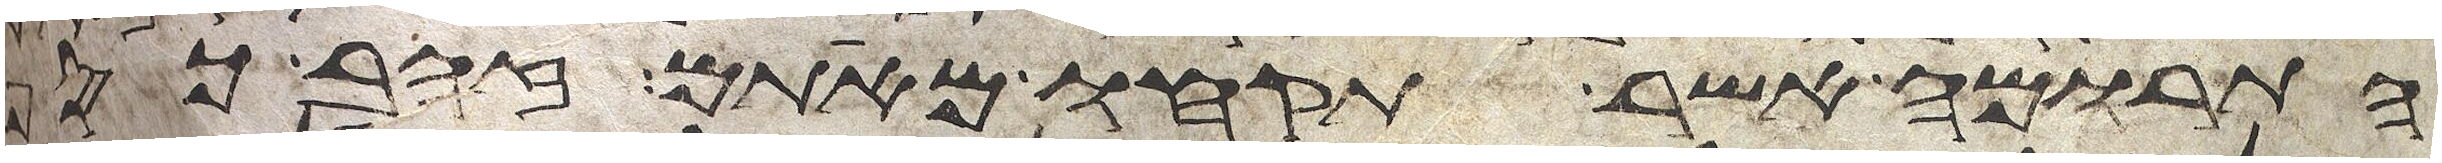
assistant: התרומה אשר תקחו מאתם זהב כסף